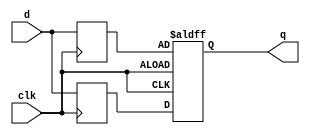
module top_module (
    input wire clk,
    input wire d,
    output reg q
);
    reg q_pos, q_neg;  // Intermediate signals for positive and negative edge capturing
    reg q_internal;    // Intermediate signal for determining the final output

    // Capture value at the rising edge of clk
    always @(posedge clk) begin
        q_pos <= d;
    end

    // Capture value at the falling edge of clk
    always @(negedge clk) begin
        q_neg <= d;
    end

    // Determine q_internal based on the current edge of clk
    always @(posedge clk or negedge clk) begin
        if (clk)  // Rising edge
            q_internal <= q_pos;
        else      // Falling edge
            q_internal <= q_neg;
    end

    // Output assignment
    assign q = q_internal;

endmodule